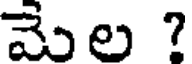
మెల ?